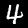
Label: 4